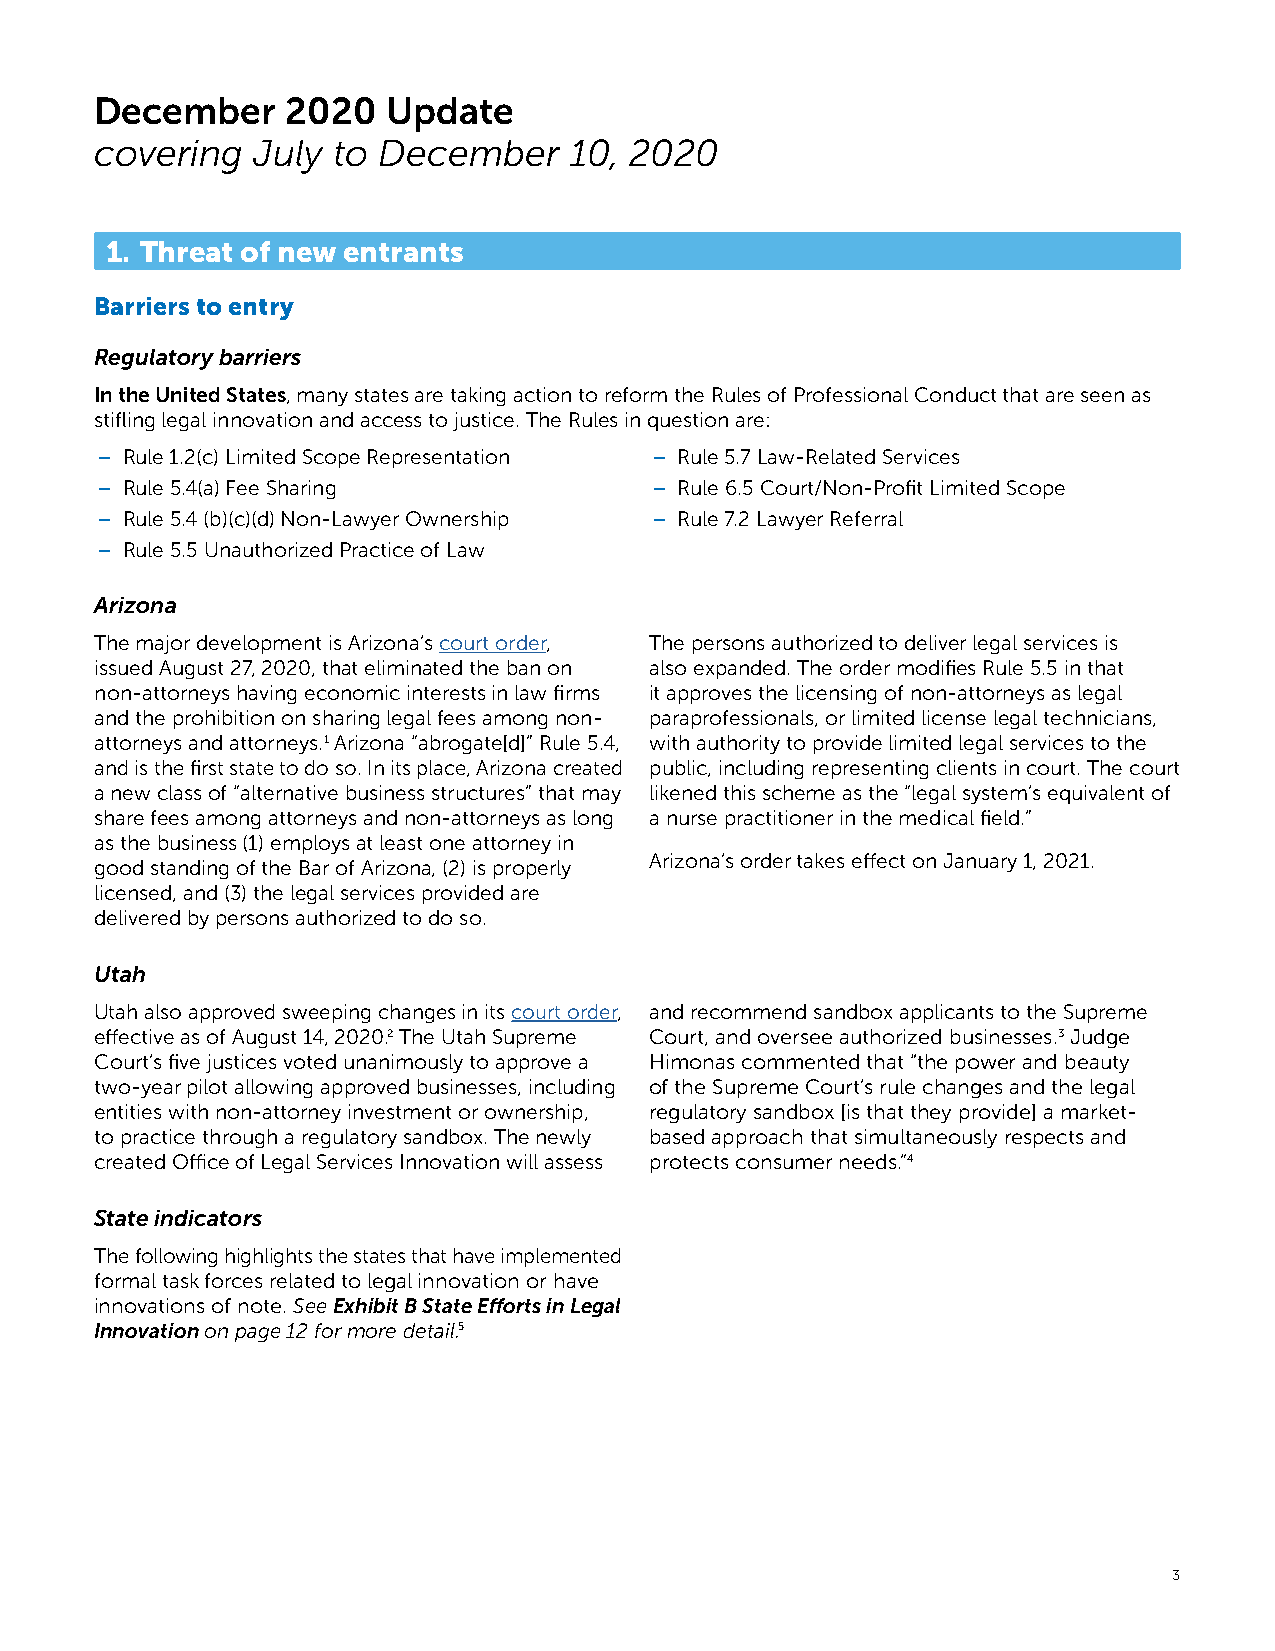
December     2020   Update
 covering   July to December     10, 2020
 1. Threat of new entrants
 Barriers to entry
 Regulatory barriers
 In the United States, many states are taking action to reform the Rules of Professional Conduct that are seen as
 stifling legal innovation and access to justice. The Rules in question are:
 – Rule 1.2(c) Limited Scope Representation – Rule 5.7 Law-Related Services
 – Rule 5.4(a) Fee Sharing            – Rule 6.5 Court/Non-Profit Limited Scope
 – Rule 5.4 (b)(c)(d) Non-Lawyer Ownership – Rule 7.2 Lawyer Referral
 – Rule 5.5 Unauthorized Practice of Law
 Arizona
 The major development is Arizona’s court order, The persons authorized to deliver legal services is
 issued August 27, 2020, that eliminated the ban on also expanded. The order modifies Rule 5.5 in that
 non-attorneys having economic interests in law firms it approves the licensing of non-attorneys as legal
 and the prohibition on sharing legal fees among non- paraprofessionals, or limited license legal technicians,
 attorneys and attorneys.1 Arizona “abrogate[d]” Rule 5.4, with authority to provide limited legal services to the
 and is the first state to do so. In its place, Arizona created public, including representing clients in court. The court
 a new class of “alternative business structures” that may likened this scheme as the “legal system’s equivalent of
 share fees among attorneys and non-attorneys as long a nurse practitioner in the medical field.”
 as the business (1) employs at least one attorney in
 Arizona’s order takes effect on January 1, 2021.
 good standing of the Bar of Arizona, (2) is properly
 licensed, and (3) the legal services provided are
 delivered by persons authorized to do so.
 Utah
 Utah also approved sweeping changes in its court order, and recommend sandbox applicants to the Supreme
 effective as of August 14, 2020.2 The Utah Supreme Court, and oversee authorized businesses.3 Judge
 Court’s five justices voted unanimously to approve a Himonas commented that “the power and beauty
 two-year pilot allowing approved businesses, including of the Supreme Court’s rule changes and the legal
 entities with non-attorney investment or ownership, regulatory sandbox [is that they provide] a market-
 to practice through a regulatory sandbox. The newly based approach that simultaneously respects and
 created Office of Legal Services Innovation will assess protects consumer needs.”4
 State indicators
 The following highlights the states that have implemented
 formal task forces related to legal innovation or have
 innovations of note. See Exhibit B State Efforts in Legal
 Innovation on page 12 for more detail.5
 3